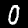
Label: 0